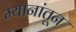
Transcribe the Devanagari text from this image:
म्यानांतून